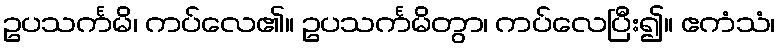
ဥပသင်္ကမိ၊ ကပ်လေ၏။ ဥပသင်္ကမိတွာ၊ ကပ်လေပြီး၍။ ဧကံသံ၊